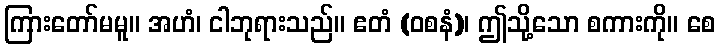
ကြားတော်မမူ။ အဟံ၊ ငါဘုရားသည်။ ဧတံ (ဝစနံ)၊ ဤသို့သော စကားကို။ စေ